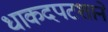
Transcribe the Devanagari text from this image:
धाकदपटशाने